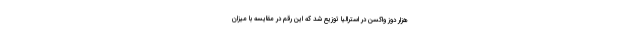
هزار دوز واکسن در استرالیا توزیع شد که این رقم در مقایسه با میزان